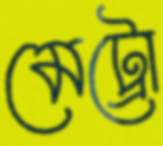
মেট্রো